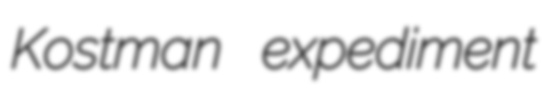
Kostman expediment